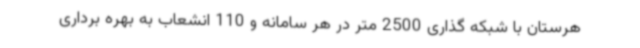
هرستان با شبکه گذاری 2500 متر در هر سامانه و 110 انشعاب به بهره برداری